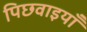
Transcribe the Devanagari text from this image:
पिछवाइयाँ